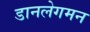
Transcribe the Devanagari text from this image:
डानलेगमन